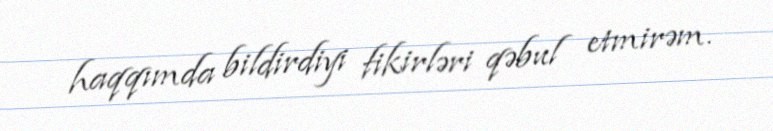
haqqımda bildirdiyi fikirləri qəbul etmirəm.